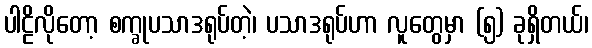
ပါဠိလိုတော့ စက္ခုပသာဒရုပ်တဲ့၊ ပသာဒရုပ်ဟာ လူတွေမှာ (၅) ခုရှိတယ်၊